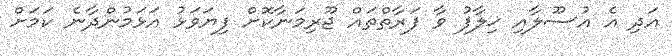
އަދި އެ އުސޫލާއި ޚިލާފު ވާ ފަރާތްތައް ޖޫރިމަނާކޮށް ފިޔަވަޅު އަޅަމުންދާނެ ކަމަށް